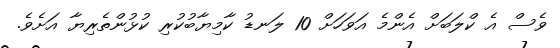
ވެސް އެ ކްލަބަށް އެންމެ އަވަހަށް 10 ލަނޑު ކާމިޔާބުކުރި ކުޅުންތެރިޔާ އަށެވެ.